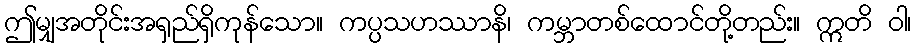
ဤမျှအတိုင်းအရှည်ရှိကုန်သော။ ကပ္ပသဟဿာနိ၊ ကမ္ဘာတစ်ထောင်တို့တည်း။ ဣတိ ဝါ၊